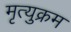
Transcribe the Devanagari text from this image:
मृत्युक्रम